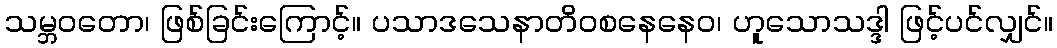
သမ္ဘဝတော၊ ဖြစ်ခြင်းကြောင့်။ ပသာဒသေနာတိဝစနေနေဝ၊ ဟူသောသဒ္ဒါ ဖြင့်ပင်လျှင်။